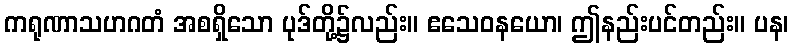
ကရုဏာသဟဂတံ အစရှိသော ပုဒ်တို့၌လည်း။ ဧသေဝနယော၊ ဤနည်းပင်တည်း။ ပန၊